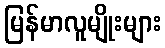
မြန်မာလူမျိုးများ